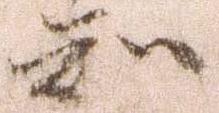
知